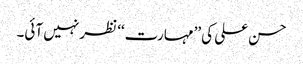
حسن علی کی ’’مہارت‘‘ نظر نہیں آئی۔